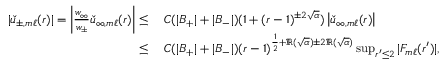
\begin{array} { r l } { | \check { u } _ { \pm , m \ell } ( r ) | = \left| \frac { w _ { \infty } } { w _ { \pm } } \check { u } _ { \infty , m \ell } ( r ) \right| \leq } & { \: C ( | B _ { + } | + | B _ { - } | ) ( 1 + ( r - 1 ) ^ { \pm 2 \sqrt { \alpha } } ) \left| \check { u } _ { \infty , m \ell } ( r ) \right| } \\ { \leq } & { \: C ( | B _ { + } | + | B _ { - } | ) ( r - 1 ) ^ { \frac { 1 } { 2 } + \Re ( \sqrt { \alpha } ) \pm 2 \Re ( \sqrt { \alpha } ) } \operatorname* { s u p } _ { r ^ { \prime } \leq 2 } | F _ { m \ell } ( r ^ { \prime } ) | , } \end{array}